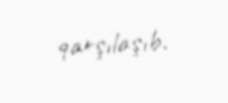
qarşılaşıb.